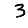
Digit: 3